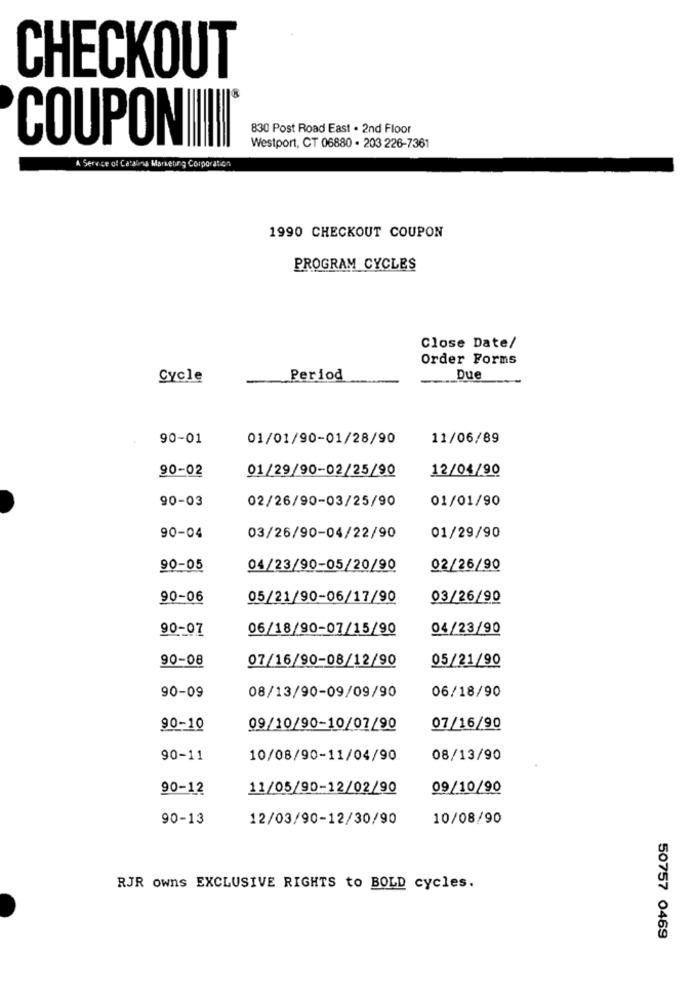
CHECKOUT
830 Post Road East . 2nd Floor
COUPONIIII*
Westport, CT 06880 . 203 226-7361
A Service of Catalina Marketing Corporation
1990 CHECKOUT COUPON
PROGRAM CYCLES
Close Date/
Order Forms
Cycle
Period
Due
90-01
01/01/90-01/28/90
11/06/89
90-02
01/29/90-02/25/90
12/04/90
90-03
02/26/90-03/25/90
01/01/90
90-04
03/26/90-04/22/90
01/29/90
90-05
04/23/90-05/20/90
02/26/90
90-06
05/21/90-06/17/90
03/26/90
90-07
06/18/90-07/15/90
04/23/90
90-08
07/16/90-08/12/90
05/21/90
90-09
08/13/90-09/09/90
06/18/90
90-10
09/10/90-10/07/90
07/16/90
90-11
10/08/90-11/04/90
08/13/90
90-12
11/05/90-12/02/90
09/10/90
90-13
12/03/90-12/30/90
10/08/90
RJR owns EXCLUSIVE RIGHTS to BOLD cycles.
50757 0469